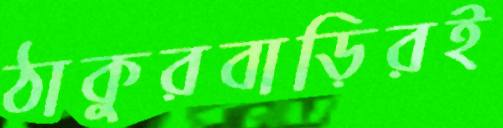
ঠাকুরবাড়িরই